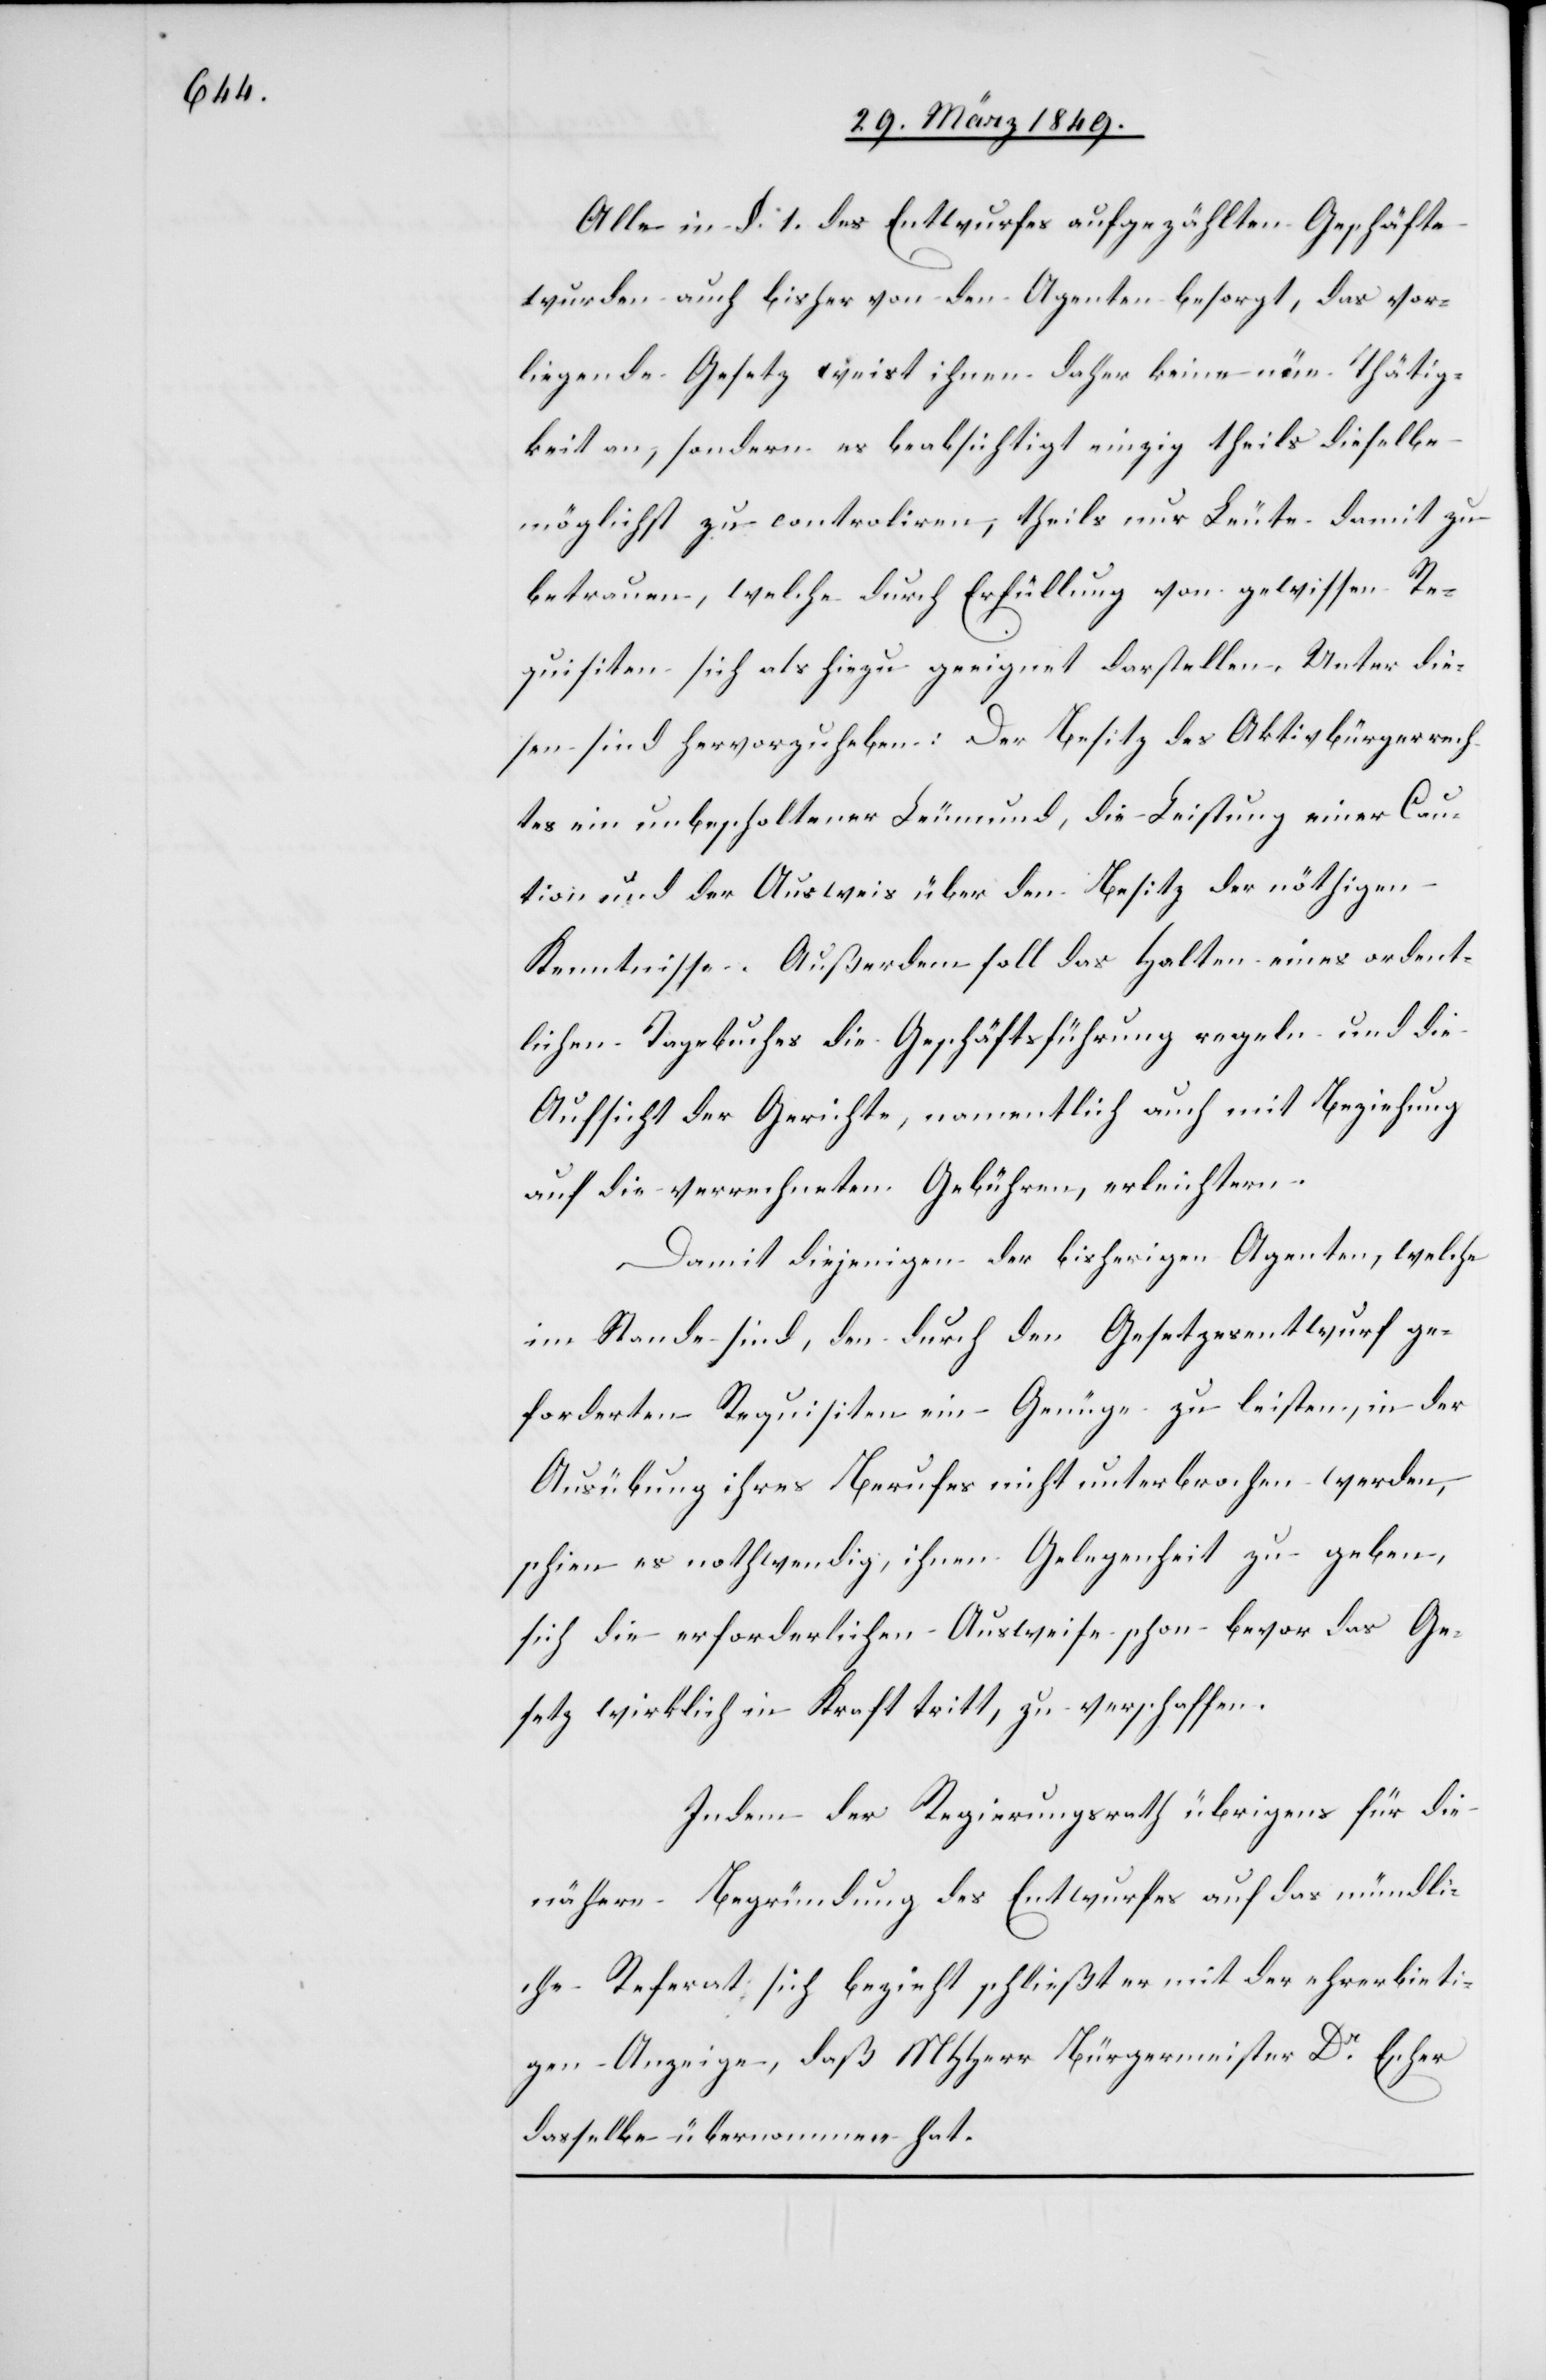
Alle in §. 1. des Entwurfes aufgezählten Geschäfte
wurden auch bisher von den Agenten besorgt, das vor¬
liegende Gesetz weist ihnen daher keine neue Thätig¬
keit an, sondern es beabsichtigt einzig theils dieselbe
möglichst zu controliren, theils nur Leute damit zu
betrauen, welche durch Erfüllung von gewissen Re¬
quisiten sich als hiezu geeignet darstellen. Unter die¬
sen sind hervorzuheben: Der Besitz des Aktivbürgerrech¬
tes ein unbescholtener Leumund, die Leistung einer Cau¬
tion und der Ausweis über den Besitz der nöthigen
Kenntnisse. Außerdem soll das Halten eines ordent¬
lichen Tagebuches die Geschäftsführung regeln und die
Aufsicht der Gerichte, namentlich auch mit Beziehung
auf die verrechneten Gebühren, erleichtern.
Damit diejenigen der bisherigen Agenten, welche
im Stande sind, den durch den Gesetzesentwurf ge¬
forderten Requisiten ein Genüge zu leisten, in der
Ausübung ihres Berufes nicht unterbrochen werden,
schien es nothwendig, ihnen Gelegenheit zu geben,
sich die erforderlichen Ausweise schon bevor das Ge¬
setz wirklich in Kraft tritt, zu verschaffen.
Indem der Regierungsrath übrigens für die
nähere Begründung des Entwurfes auf das mündli¬
che Referat sich bezieht schließt er mit der ehrerbieti¬
gen Anzeige, daß MHHerr Bürgermeister Dr. Escher
dasselbe übernommen hat.